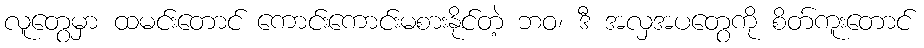
လူတွေမှာ ထမင်းတောင် ကောင်းကောင်းမစားနိုင်တဲ့ ဘဝ၊ ဒီ အလှအပတွေကို စိတ်ကူးတောင်